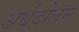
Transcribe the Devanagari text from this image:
अर्धदोलन